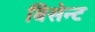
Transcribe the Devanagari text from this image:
बिसेन्ट